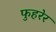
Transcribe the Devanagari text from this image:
फुहरेर